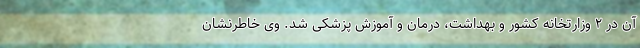
آن در ۲ وزارتخانه کشور و بهداشت، درمان و آموزش پزشکی شد. وی خاطرنشان